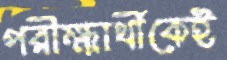
পরীক্ষার্থীকেই